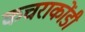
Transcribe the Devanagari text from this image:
कचराकोंडी